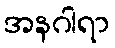
အနဂါရာ